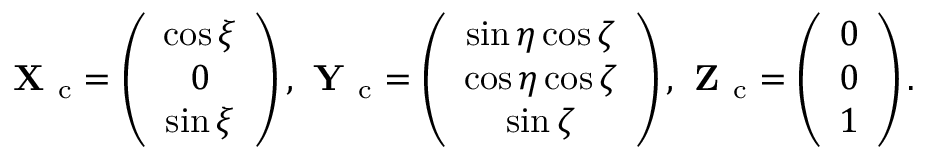
\textbf { X } _ { \mathrm { c } } = \left( \begin{array} { c } { \cos \xi } \\ { 0 } \\ { \sin \xi } \end{array} \right) , \textbf { Y } _ { \mathrm { c } } = \left( \begin{array} { c } { \sin \eta \cos \zeta } \\ { \cos \eta \cos \zeta } \\ { \sin \zeta } \end{array} \right) , \textbf { Z } _ { \mathrm { c } } = \left( \begin{array} { l } { 0 } \\ { 0 } \\ { 1 } \end{array} \right) .